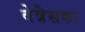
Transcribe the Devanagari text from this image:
वेत्रेसका